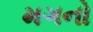
મગનો